65_HS1-834228961_62-HQ-83894_Serial_164
Agency: FBI
Page 43
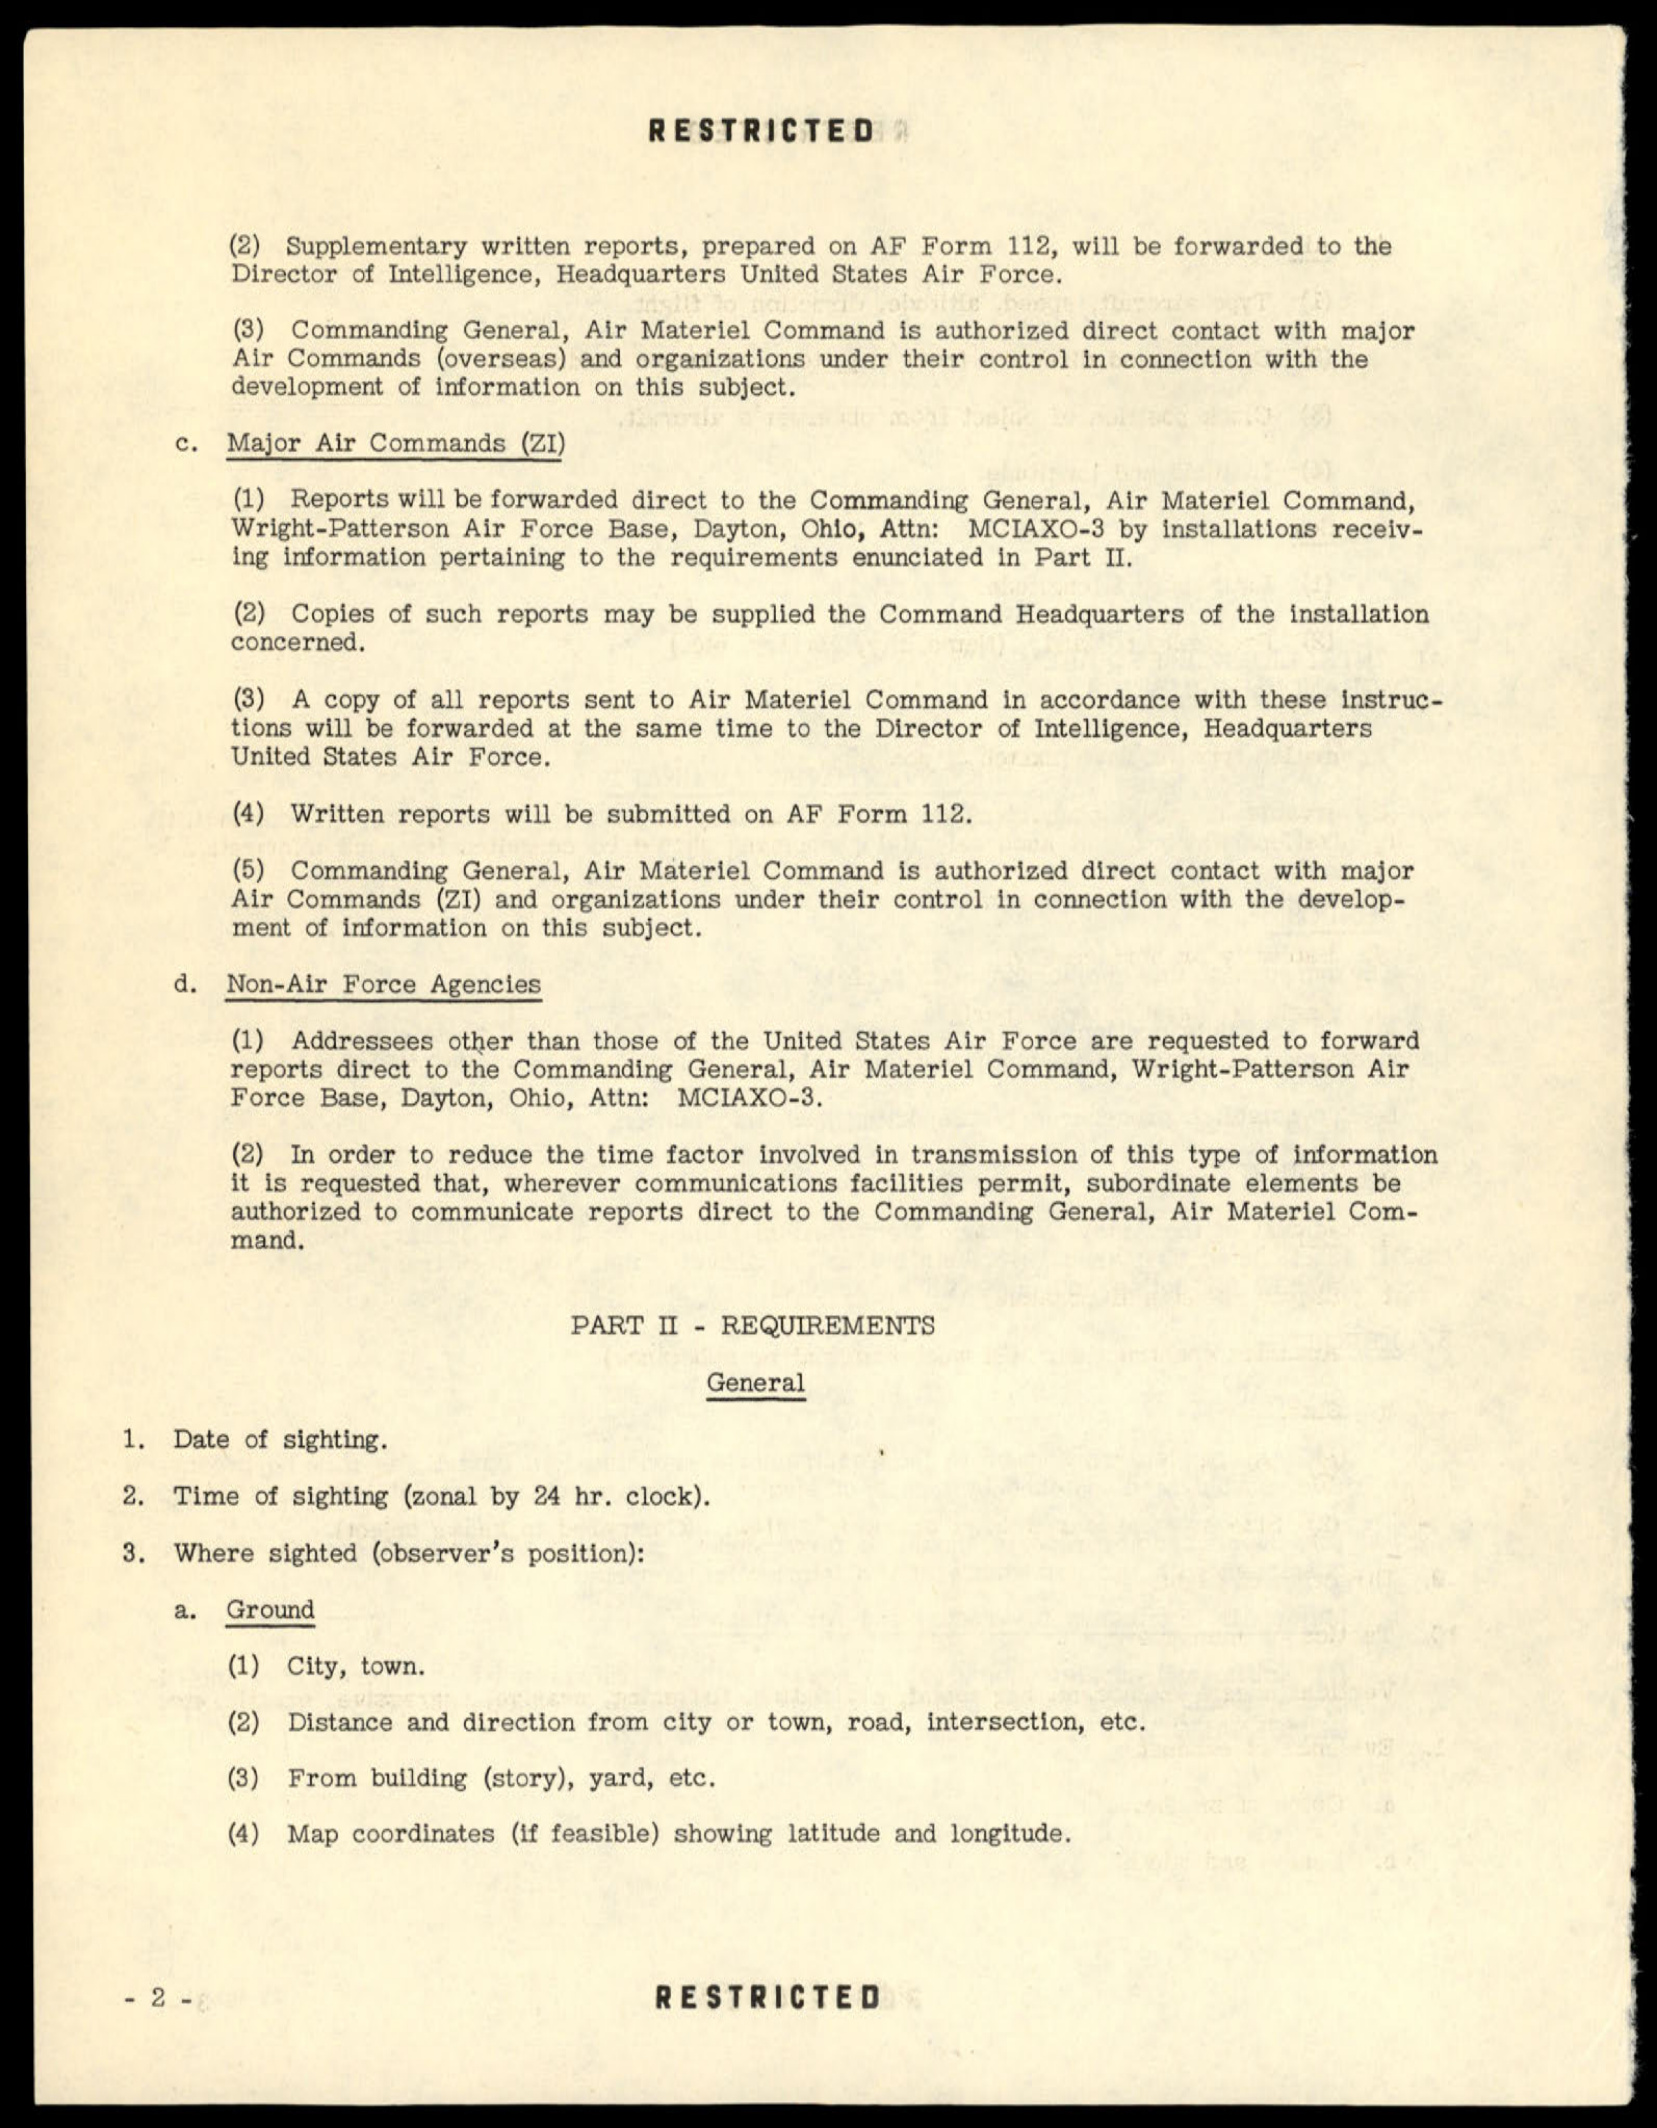